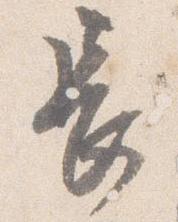
長